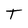
Character: T